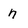
Character: n